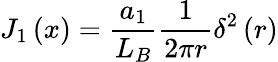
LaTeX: J_{1}\left(x\right)={\frac{a_{1}}{L_{B}}}{\frac{1}{2\pi r}}\delta^{2}\left(r\right)